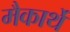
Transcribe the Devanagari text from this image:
मैकार्थे